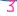
Text: 3